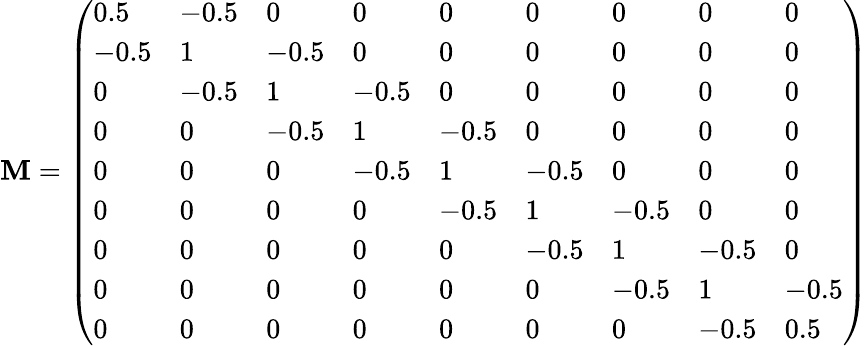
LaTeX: \mathbf{M}=\left(\begin{array}{lllllllll}{0.5}&{-0.5}&{0}&{0}&{0}&{0}&{0}&{0}&{0}\\ {-0.5}&{1}&{-0.5}&{0}&{0}&{0}&{0}&{0}&{0}\\ {0}&{-0.5}&{1}&{-0.5}&{0}&{0}&{0}&{0}&{0}\\ {0}&{0}&{-0.5}&{1}&{-0.5}&{0}&{0}&{0}&{0}\\ {0}&{0}&{0}&{-0.5}&{1}&{-0.5}&{0}&{0}&{0}\\ {0}&{0}&{0}&{0}&{-0.5}&{1}&{-0.5}&{0}&{0}\\ {0}&{0}&{0}&{0}&{0}&{-0.5}&{1}&{-0.5}&{0}\\ {0}&{0}&{0}&{0}&{0}&{0}&{-0.5}&{1}&{-0.5}\\ {0}&{0}&{0}&{0}&{0}&{0}&{0}&{-0.5}&{0.5}\end{array}\right)